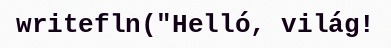
writefln("Helló, világ!